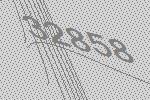
32858